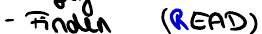
- Finden (READ)